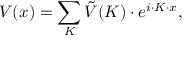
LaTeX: V ( x ) = \sum _ { K } { \tilde { V } } ( K ) \cdot e ^ { i \cdot K \cdot x } ,